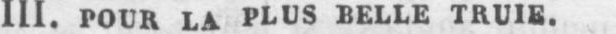
III. POUR LA PLUS BELLE TRUIE.